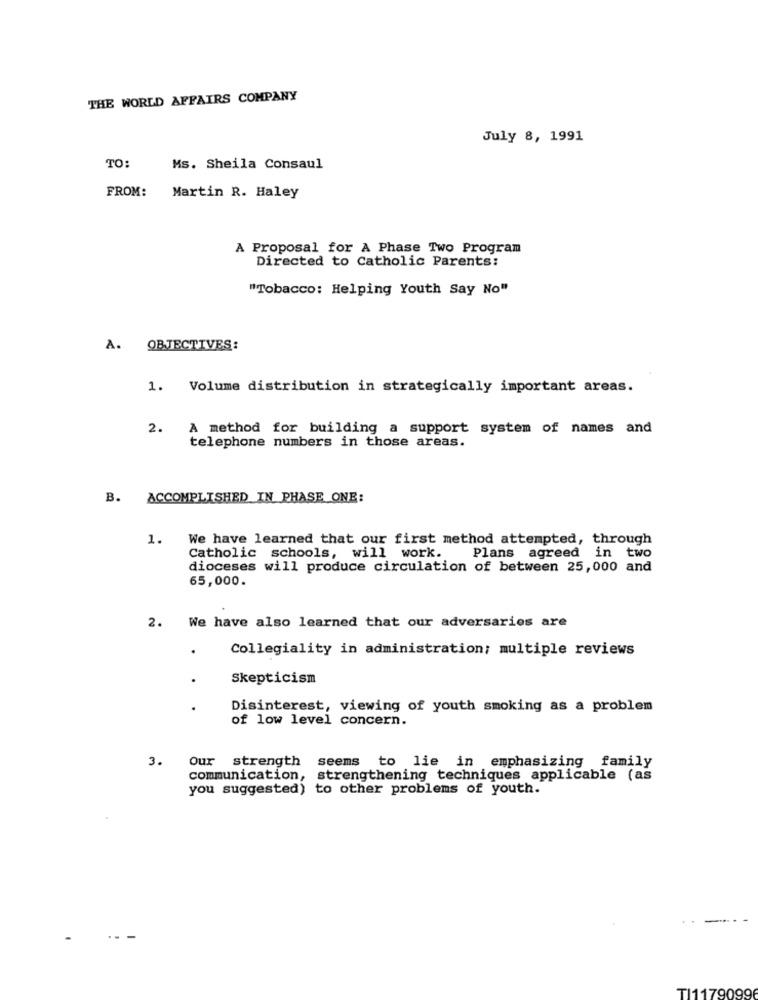
THE WORLD AFFAIRS COMPANY
July 8, 1991
TO:
Ms. Sheila Consaul
Martin R. Haley
FROM:
A Proposal for A Phase Two Program
Directed to Catholic Parents:
"Tobacco: Helping Youth Say No"
A. OBJECTIVES:
1. Volume distribution in strategically important areas.
2. A method for building a support system of names and
telephone numbers in those areas.
B. ACCOMPLISHED IN PHASE ONE:
1. We have learned that our first method attempted, through
Catholic schools, will work.
Plans agreed in two
dioceses will produce circulation of between 25,000 and
65,000.
2. We have also learned that our adversaries are
.
Collegiality in administration; multiple reviews
Skepticism
.
Disinterest, viewing of youth smoking as a problem
of low level concern.
3.
Our strength seems to lie in emphasizing family
communication, strengthening techniques applicable (as
you suggested) to other problems of youth.
TI1179099